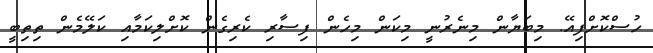
ހުސްކޮށްފިއޭ. މިބަޔާން މިނެރުނީ މިކަން މިހެން ފިސާރި ކެރިގެން ކޮށްލިކަމާއި ކަލޭމެން ތިތިބީ